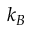
k _ { B }